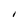
Character: I